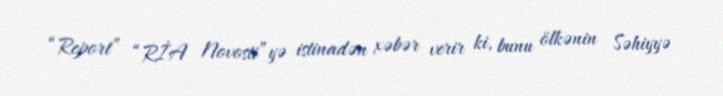
“Report” “RİA Novosti”yə istinadən xəbər verir ki, bunu ölkənin Səhiyyə